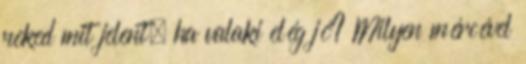
neked mit jelent, ha valaki elég jó? Milyen mércével